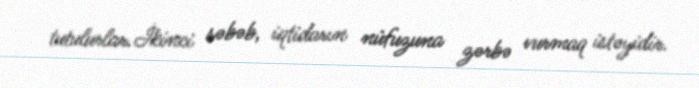
tutulurlar.İkinci səbəb, iqtidarın nüfuzuna zərbə vurmaq istəyidir.